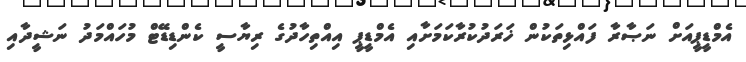
އެމްޑީޕީއަށް ނަޞާރާ ފައްޅިތަކުން ޚަރަދުކުރާކަމަށާއި އެމްޑީޕީ އިއްތިހާދުގެ ރިޔާސީ ކެންޑިޑޭޓް މުހައްމަދު ނަޝީދާއި